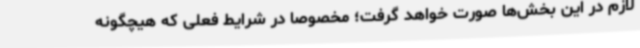
لازم در این بخش‌ها صورت خواهد گرفت؛ مخصوصا در شرایط فعلی که هیچگونه